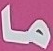
ما